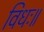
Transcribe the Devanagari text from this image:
विधः॥